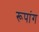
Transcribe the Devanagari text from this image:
रूपांग